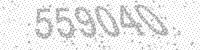
Solution: 559040